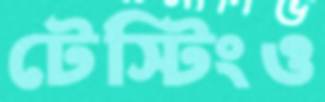
টেস্টিংও